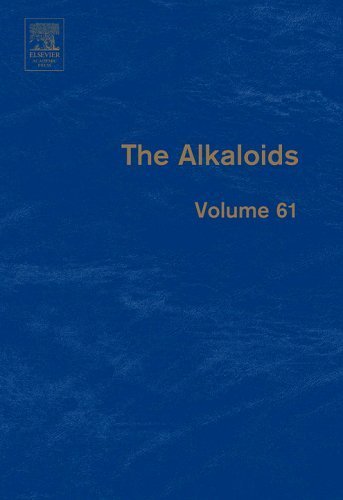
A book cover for Alkaloids, Volume 61 Chemistry and Biology [Academic Press,2005] [Hardcover]; Science & Math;